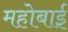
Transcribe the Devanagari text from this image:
महोबाई